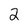
Character: 2